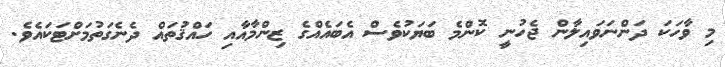
މި ވާހަކަ ދަންނަވައިލާން ޖެހުނީ ކޮންމެ ބަޔަކުވެސް އެބައެއްގެ ޒިންމާއާއި ހައްޤުތައް ދެނެގަތުމަށްޓަކައެވެ.